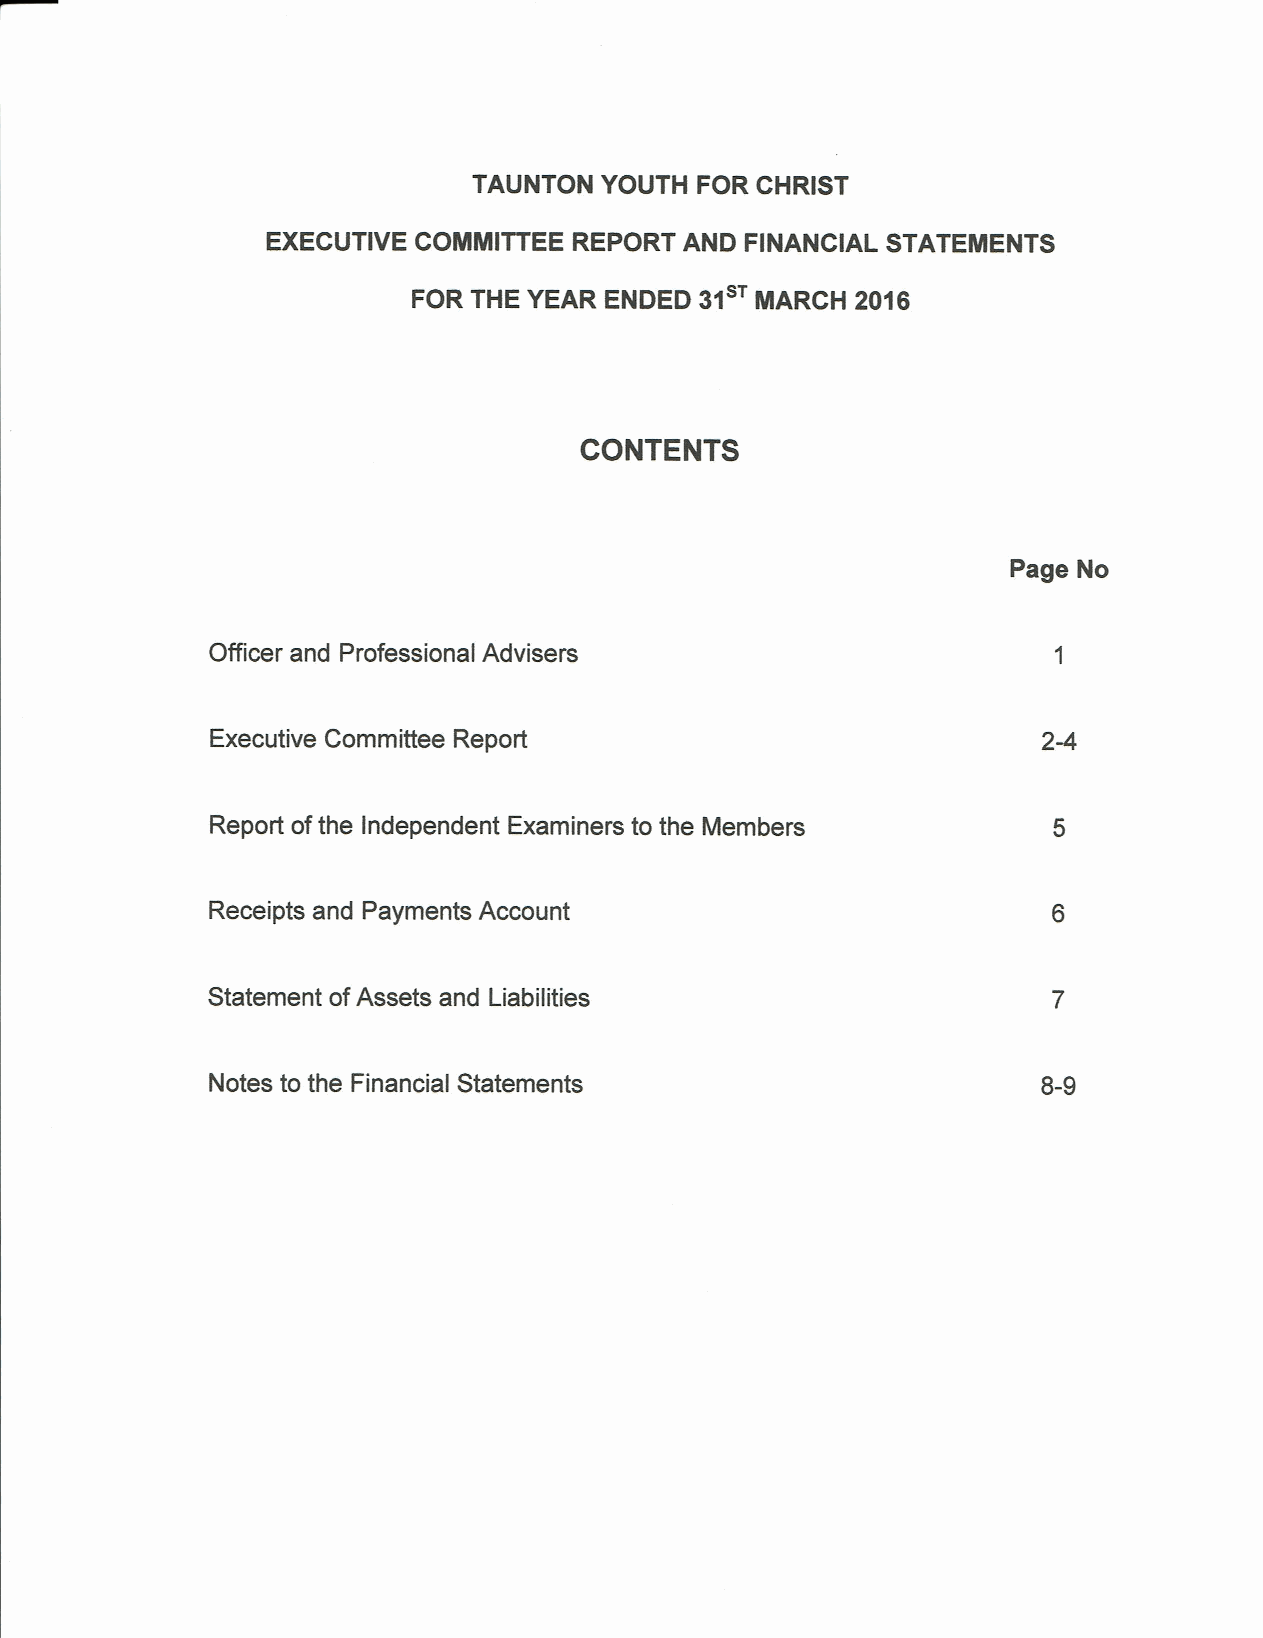
TAUNTON  YOUTH FOR CHRIST
 EXECUTIVE COMMITTEE REPORT AND FINANCIAL STATEMENTS
 FOR THE YEAR ENDED 31  MARCH  2016
 CONTENTS
 Page No
 Officer and Professional Advisers
 Executive Committee Report
 Report ofthe Independent Examiners to the Members
 Receipts and Payments Account
 Statement ofAssets and Liabilities
 Notes to the Financial Statements                      8-9